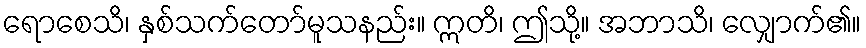
ရောစေသိ၊ နှစ်သက်တော်မူသနည်း။ ဣတိ၊ ဤသို့။ အဘာသိ၊ လျှောက်၏။